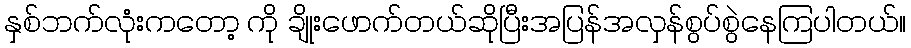
နှစ်ဘက်လုံးကတော့ ကို ချိုးဖောက်တယ်ဆိုပြီးအပြန်အလှန်စွပ်စွဲနေကြပါတယ်။